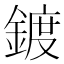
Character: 鍍